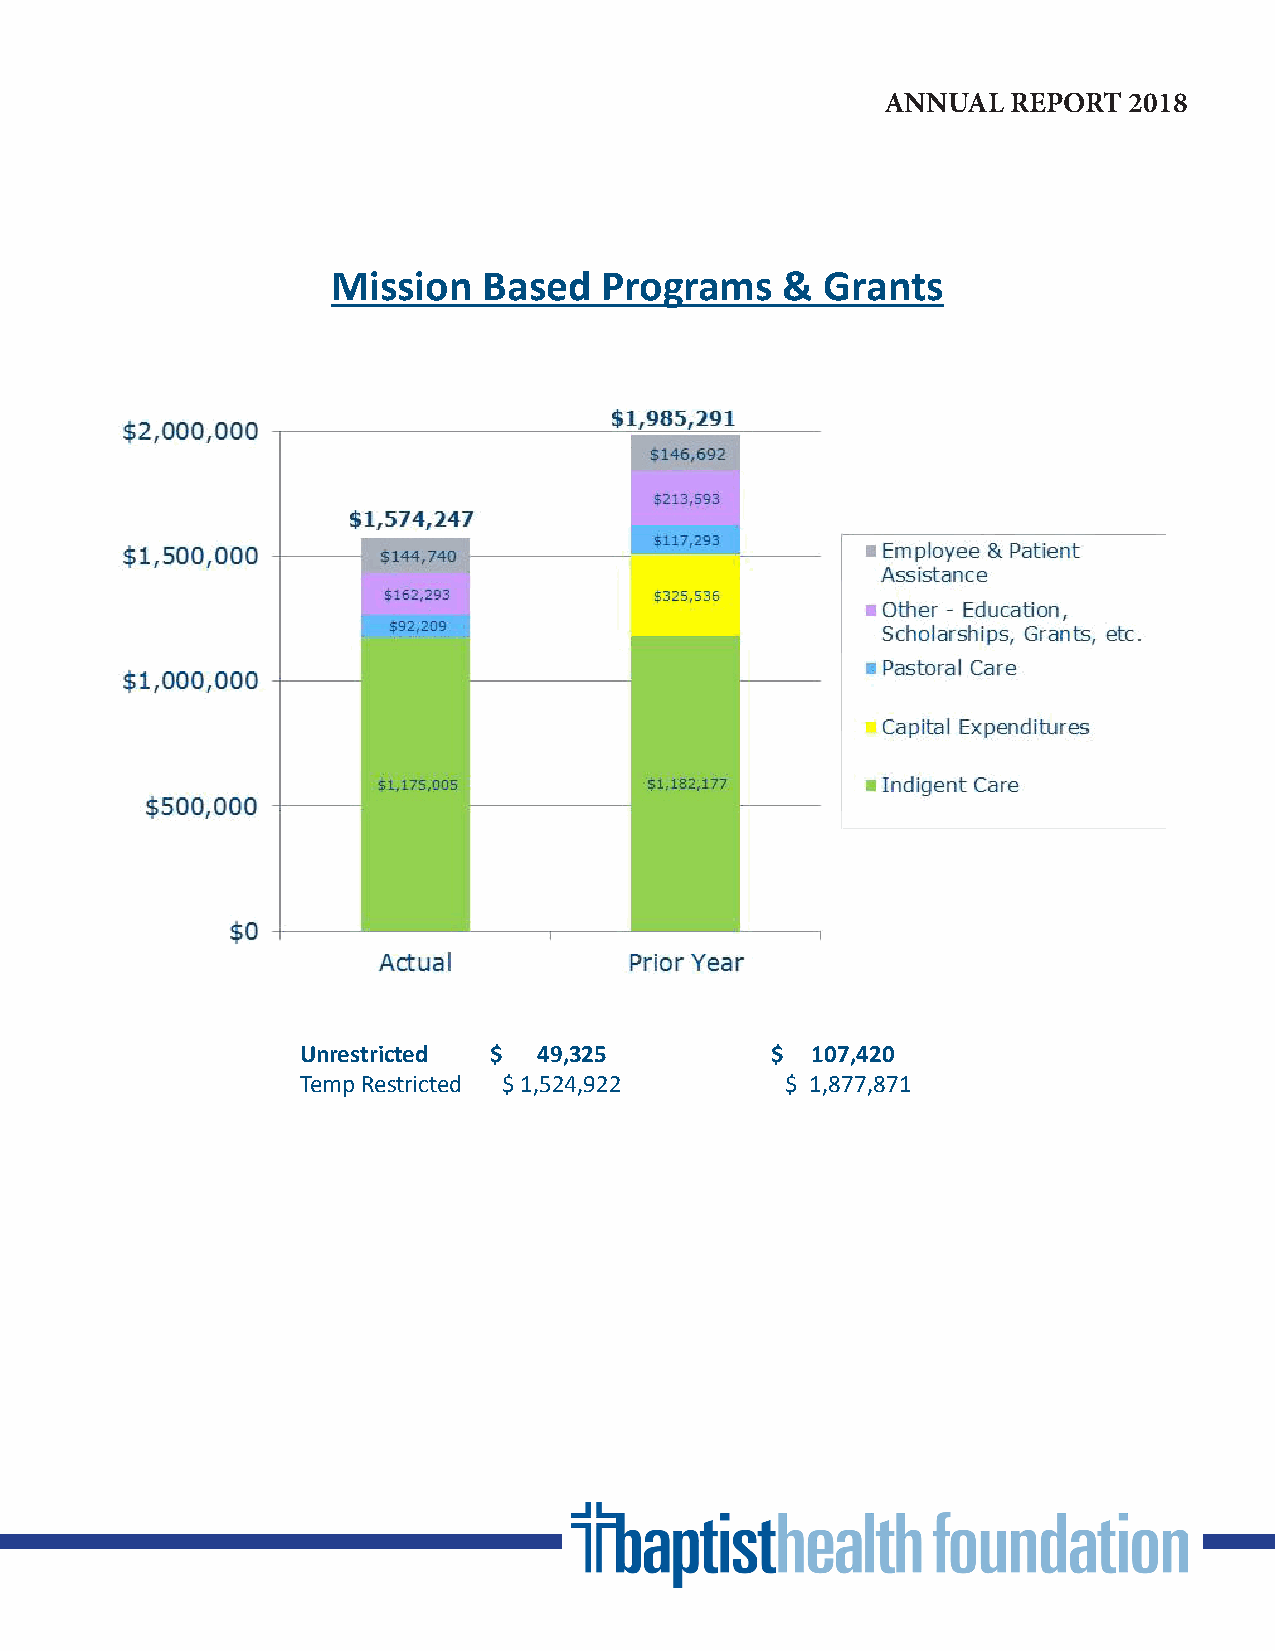
ANNUAL  REPORT  2018
 Mission   Based   Programs    &  Grants
 Unrestricted $  49,325         $  107,420
 Temp Restricted $ 1,524,922     $ 1,877,871